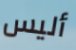
أليس